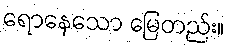
ရောနေသော မြေတည်း။